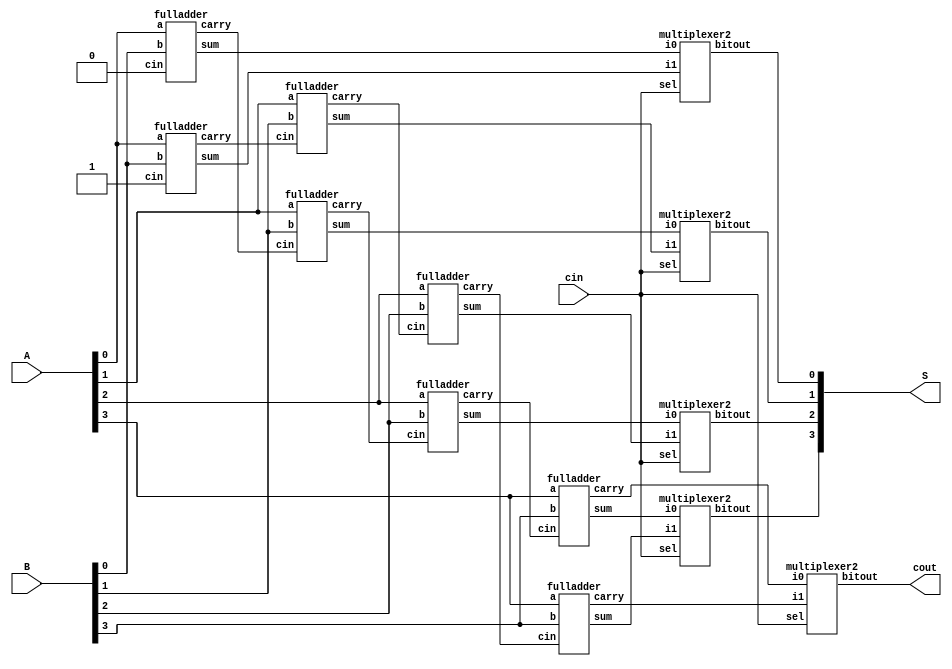
module carry_select_adder
        (   input [3:0] A,B,
            input cin,
            output [3:0] S,
            output cout
            );
        

wire [3:0] temp0,temp1,carry0,carry1;


fulladder fa00(A[0],B[0],1'b0,temp0[0],carry0[0]);
fulladder fa01(A[1],B[1],carry0[0],temp0[1],carry0[1]);
fulladder fa02(A[2],B[2],carry0[1],temp0[2],carry0[2]);
fulladder fa03(A[3],B[3],carry0[2],temp0[3],carry0[3]);


fulladder fa10(A[0],B[0],1'b1,temp1[0],carry1[0]);
fulladder fa11(A[1],B[1],carry1[0],temp1[1],carry1[1]);
fulladder fa12(A[2],B[2],carry1[1],temp1[2],carry1[2]);
fulladder fa13(A[3],B[3],carry1[2],temp1[3],carry1[3]);


multiplexer2 mux_carry(carry0[3],carry1[3],cin,cout);

multiplexer2 mux_sum0(temp0[0],temp1[0],cin,S[0]);
multiplexer2 mux_sum1(temp0[1],temp1[1],cin,S[1]);
multiplexer2 mux_sum2(temp0[2],temp1[2],cin,S[2]);
multiplexer2 mux_sum3(temp0[3],temp1[3],cin,S[3]);

endmodule 

module fulladder
        (   input a,b,cin,
            output sum,carry
            );

assign sum = a ^ b ^ cin;
assign carry = (a & b) | (cin & b) | (a & cin);

endmodule

module multiplexer2
        (   input i0,i1,sel,
            output reg bitout
            );

always@(i0,i1,sel)
begin
if(sel == 0)
    bitout = i0;
else
    bitout = i1; 
end

endmodule